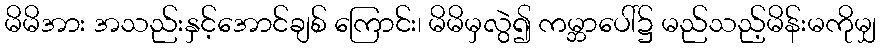
မိမိအား အသည်းနှင့်အောင်ချစ် ကြောင်း၊ မိမိမှလွဲ၍ ကမ္ဘာပေါ်၌ မည်သည့်မိန်းမကိုမျှ